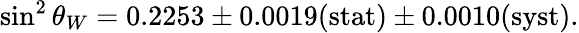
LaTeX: \sin^{2}\theta_{W}=0.2253\pm 0.0019\mathrm{(stat)}\pm 0.0010\mathrm{(syst)}.